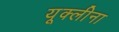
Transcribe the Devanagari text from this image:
यूक्लीना